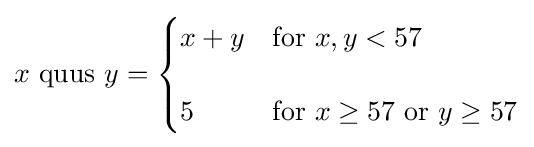
x{\text{ quus }}y={\begin{cases}x+y&{\text{for }}x,y<57\\[12pt]5&{\text{for }}x\geq 57{\text{  or  }}y\geq 57\end{cases}}